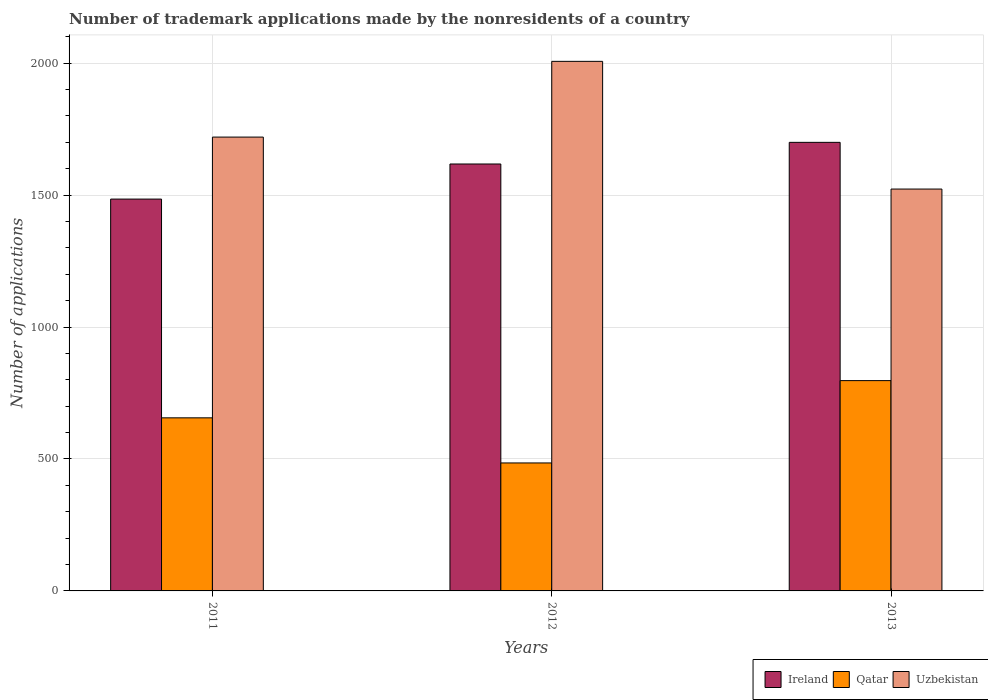
| Years | Ireland | Qatar | Uzbekistan |
 | --- | --- | --- | --- |
 | 2011 | 1.48e+03 | 656 | 1.72e+03 |
 | 2012 | 1.62e+03 | 485 | 2.01e+03 |
 | 2013 | 1.7e+03 | 797 | 1.52e+03 |